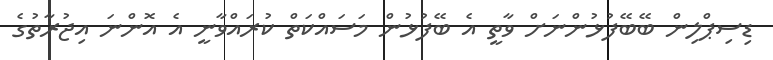
ޑިސިޕްލިން ބޭބޭފުޅުންނަށް ވާތީ އެ ބޭފުޅުން މަސައްކަތް ކުރައްވާނީ އެ އޮންނަ އިޖުރާތުގެ